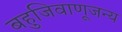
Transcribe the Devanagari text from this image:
बहुजिवाणूजन्य